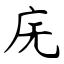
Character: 庑